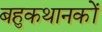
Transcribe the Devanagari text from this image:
बहुकथानकों